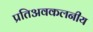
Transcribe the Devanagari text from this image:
प्रतिअवकलनीय